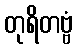
တုရိတဗ္ဗံ